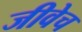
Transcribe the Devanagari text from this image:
जीवेच